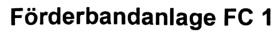
Text: Förderbandanlage FC 1